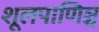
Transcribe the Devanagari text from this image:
शूलपाणिञ्च